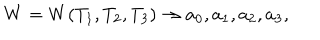
LaTeX: W = W ( T _ { 1 } , T _ { 2 } , T _ { 3 } ) \rightarrow a _ { 0 } , a _ { 1 } , a _ { 2 } , a _ { 3 } ,